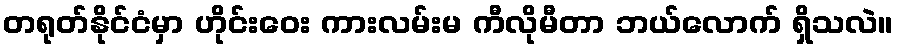
တရုတ်နိုင်ငံမှာ ဟိုင်းဝေး ကားလမ်းမ ကီလိုမီတာ ဘယ်လောက် ရှိသလဲ။